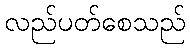
လည်ပတ်စေသည်